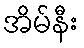
အိမ်နီး